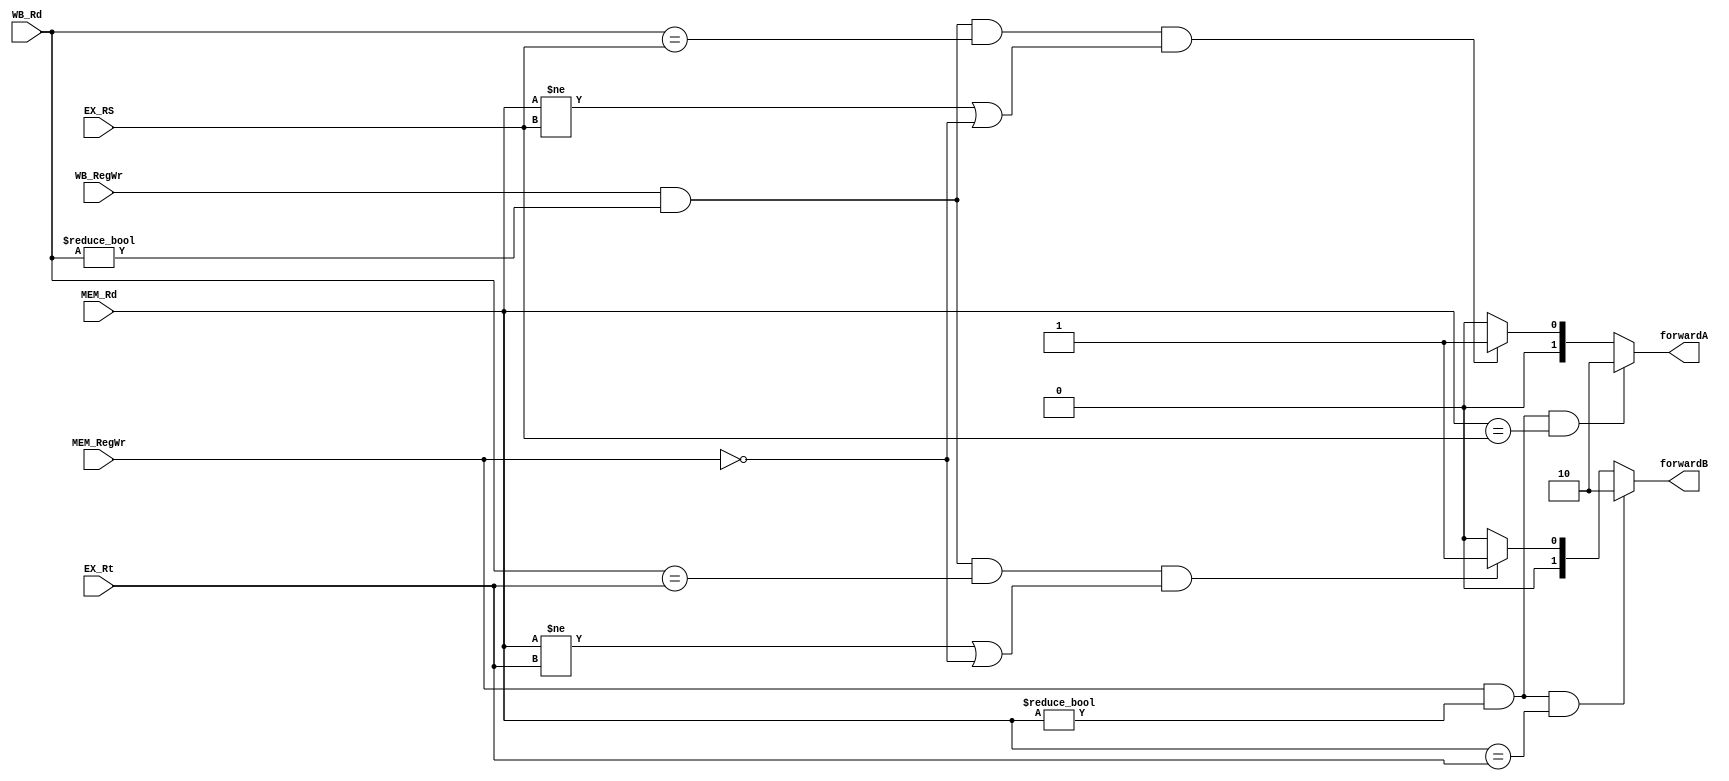
module Pipe_Forward(MEM_RegWr,WB_RegWr,MEM_Rd,WB_Rd,EX_RS,EX_Rt,forwardA,forwardB);
  input MEM_RegWr;
  input WB_RegWr;
  input[4:0] MEM_Rd;
  input[4:0] WB_Rd;
  input[4:0] EX_RS;
  input[4:0] EX_Rt; 
  output reg [1:0] forwardA;
  output reg [1:0] forwardB;
  
  always @(*)
  begin
    if(MEM_RegWr && MEM_Rd !=0 && MEM_Rd==EX_RS)
      forwardA<=2'b10;
    else
      if(WB_RegWr && WB_Rd != 0 && WB_Rd==EX_RS && (MEM_Rd != EX_RS || ~MEM_RegWr))
        forwardA<=2'b01;//forward
      else
        forwardA<=2'b0;
  end
  
  always @(*)
  begin
  if((MEM_RegWr && MEM_Rd != 0 && MEM_Rd==EX_Rt))
      forwardB<=2'b10;
    else
      if((WB_RegWr && WB_Rd != 0 && WB_Rd==EX_Rt) && (MEM_Rd != EX_Rt || ~MEM_RegWr))
        forwardB<=2'b01;
      else
        forwardB<=2'b0;   
  end
  
endmodule